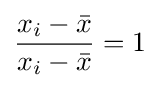
{\frac {x_{i}-{\bar {x}}}{x_{i}-{\bar {x}}}}=1